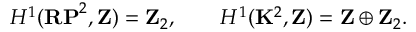
H ^ { 1 } ( { \bf R P } ^ { 2 } , { \bf Z } ) = { \bf Z } _ { 2 } , \qquad H ^ { 1 } ( { \bf K } ^ { 2 } , { \bf Z } ) = { \bf Z } \oplus { \bf Z } _ { 2 } .